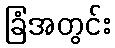
ခြံအတွင်း